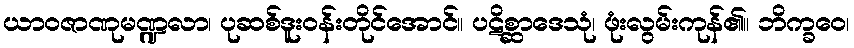
ယာဝဇာဏုမဏ္ဍလာ၊ ပုဆစ်ဒူးဝန်းတိုင်အောင်။ ပဋိစ္ဆာဒေသုံ၊ ဖုံးလွမ်းကုန်၏။ ဘိက္ခဝေ၊